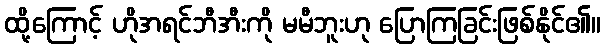
ထို့ကြောင့် ဟိုအရင်ဘီအီးကို မမီဘူးဟု ပြောကြခြင်းဖြစ်နိုင်၏။